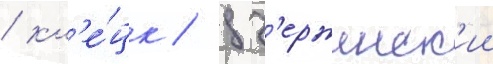
/ кл'е́цк / дз'ержинск'ии